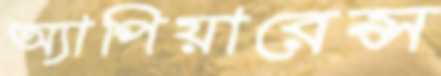
অ্যাপিয়ারেন্স